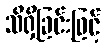
သိရှိခြင်းဖြင့်